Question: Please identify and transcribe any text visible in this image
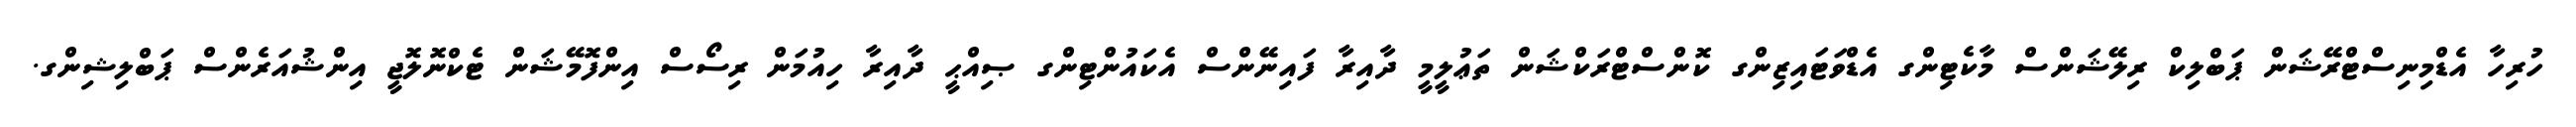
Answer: ހުރިހާ އެޑްމިނިސްޓްރޭޝަން ޕަބްލިކް ރިލޭޝަންސް މާކެޓިންގ އެޑްވަޓައިޒިންގ ކޮންސްޓްރަކްޝަން ތަޢުލީމީ ދާއިރާ ފައިނޭންސް އެކައުންޓިންގ ޞިއްޙީ ދާއިރާ ހިއުމަން ރިސޯސް އިންފޮމޭޝަން ޓެކްނޮލޮޖީ އިންޝުއަރެންސް ޕަބްލިޝިންގ.